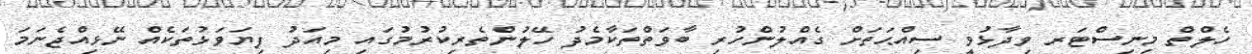
ހެލްތް މިނިސްޓަރ ވިދާޅުވީ ސިއްޙަތަށް ގެއްލުންހުރި ބާވަތްތަކާމެދު ހޭލުންތެރިކުރުމުގައި މިއަދު ފިޔަވަޅުތަކެއް ނޭޅިއްޖެނަމަ